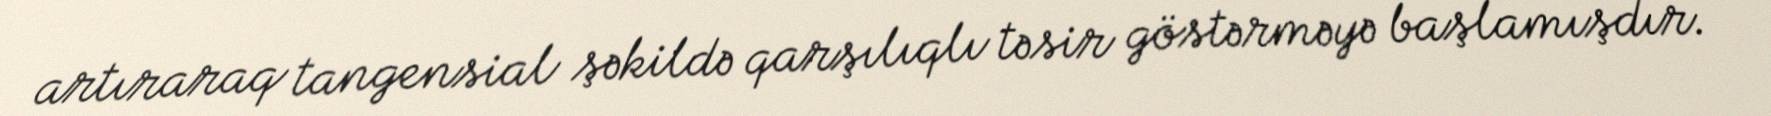
artıraraq tangensial şəkildə qarşılıqlı təsir göstərməyə başlamışdır.